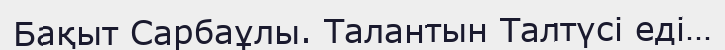
Бақыт Сарбаұлы. Талантын Талтүсі еді…